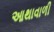
આથાવાળી